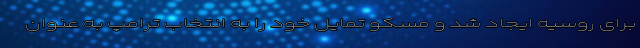
برای روسیه ایجاد شد و مسکو تمایل خود را به انتخاب ترامپ به عنوان